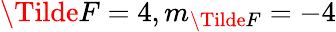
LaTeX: \Tilde{F}=4,m_{\Tilde{F}}=-4